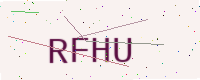
Text: RFHU